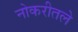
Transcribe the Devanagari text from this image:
नोकरीतले